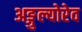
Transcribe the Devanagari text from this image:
अङ्गुल्योरेव